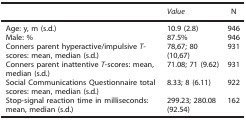
|  | Value | N |
 | --- | --- | --- |
 | Age: y, m (s.d.) | 10.9 (2.8) | 946 |
 | Male: % | 87.5% | 946 |
 | Conners parent hyperactive/impulsive T-scores: mean, median (s.d.) | 78,67; 80 (10,67) | 931 |
 | Conners parent inattentive T-scores: mean, median (s.d.) | 71.08; 71 (9.62) | 931 |
 | Social Communications Questionnaire total scores: mean, median (s.d.) | 8.33; 8 (6.11) | 922 |
 | Stop-signal reaction time in milliseconds: mean, median (s.d.) | 299.23; 280.08 (92.54) | 162 |